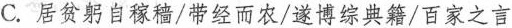
C. 居贫躬自稼穑/带经而农/遂博综典籍/百家之言